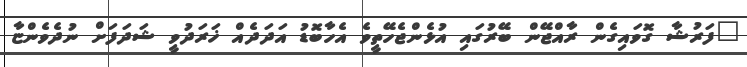
"ފަރުޝާ ގޮވައިގެން ރާއްޖޭން ބޭރުގައި އުޅެންޖެހޭތީވެ އެހާބޮޑު އަދަދެއް ޚަރަދުވީ ޝަދަފަށް ނުދެވެންޏާ